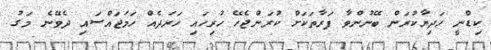
ކިޑްނީ ހަދިޔާކުރަން ބޭނުންވާ ފަރާތަކަށް ކުރަންޖެހޭ ހުރިހައި ހަރަދެއް ހަމަޖައްސައި ދެވޭނެ މަގު